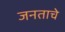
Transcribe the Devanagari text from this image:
जनताचे